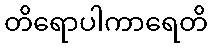
တိရောပါကာရေတိ